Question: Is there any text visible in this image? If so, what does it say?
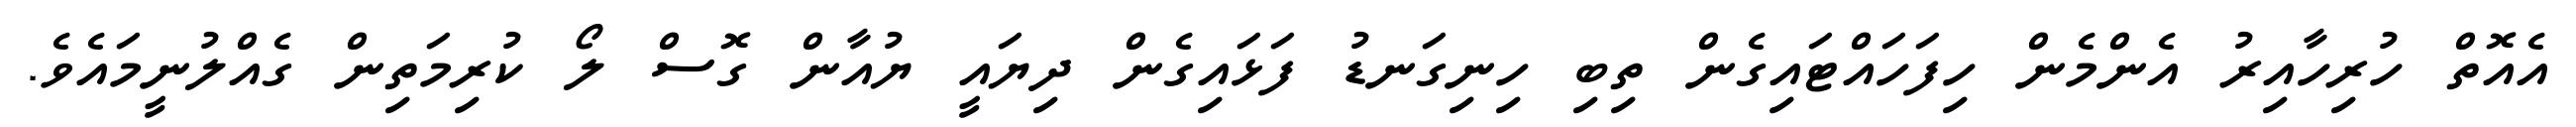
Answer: އެއޮތް ހުރިހާއިރު އެންމެން ހިފަހައްޓައިގެން ތިބި ހިނިގަނޑު ފަޅައިގެން ދިޔައީ ޔުއާން ގޮސް ލޯ ކުރިމަތިން ގެއްލުނީމައެވެ.